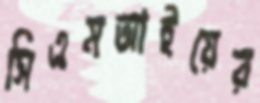
সিএমআইয়ের